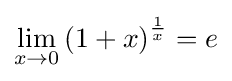
\lim _{x\to 0}\left(1+x\right)^{\frac {1}{x}}=e